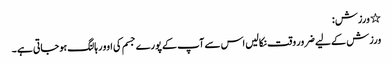
٭ ورزش :
ورزش کے لیے ضرور وقت نکالیں اس سے آپ کے پورے جسم کی اوور ہالنگ ہوجاتی ہے ۔